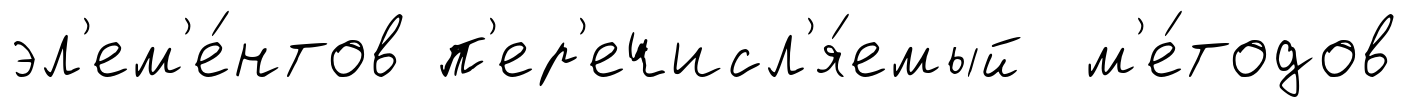
эл'ем'е́нтов п'ер'ечисл'я́емый м'е́тодов